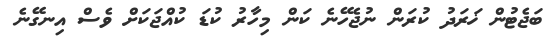
ބަޖެޓުން ޚަރަދު ކުރަން ނުޖެހޭނެ ކަން މިހާރު ކުޑަ ކުއްޖަކަށް ވެސް އިނގޭނެ